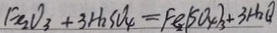
F _ { e 2 } O _ { 3 } + 3 H _ { 2 } S O _ { 4 } = F e _ { 2 } ( S O _ { 4 } ) _ { 3 } + 3 H _ { 2 } Q